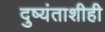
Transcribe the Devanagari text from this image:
दुष्यंताशीही